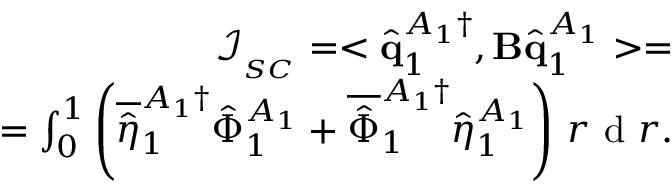
\begin{array} { r } { \mathcal { I } _ { _ { S C } } = < \hat { \mathbf { q } } _ { 1 } ^ { A _ { 1 } \dagger } , \mathbf { B } \hat { \mathbf { q } } _ { 1 } ^ { A _ { 1 } } > = } \\ { = \int _ { 0 } ^ { 1 } \left( \overline { { \hat { \eta } } } _ { 1 } ^ { A _ { 1 } \dagger } \hat { \Phi } _ { 1 } ^ { A _ { 1 } } + \overline { { \hat { \Phi } } } _ { 1 } ^ { A _ { 1 } \dagger } \hat { \eta } _ { 1 } ^ { A _ { 1 } } \right) \, r \mathrm { ~ d ~ } r . } \end{array}